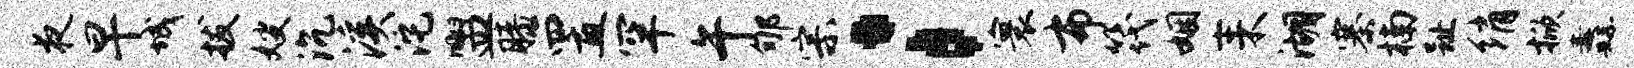
夜早城拔嫂沉溪沱盥膝置罕午郇宗；寰布筏姻耒湖寨楠趾绡掀纛不